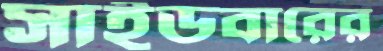
সাইডবারের